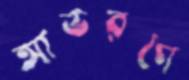
আভরণে